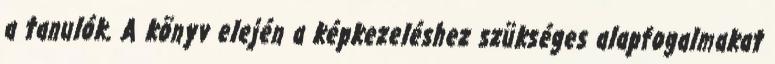
a tanulók. A könyv elején a képkezeléshez szükséges alapfogalmakat